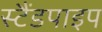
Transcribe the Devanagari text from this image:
स्टैंडपाइप